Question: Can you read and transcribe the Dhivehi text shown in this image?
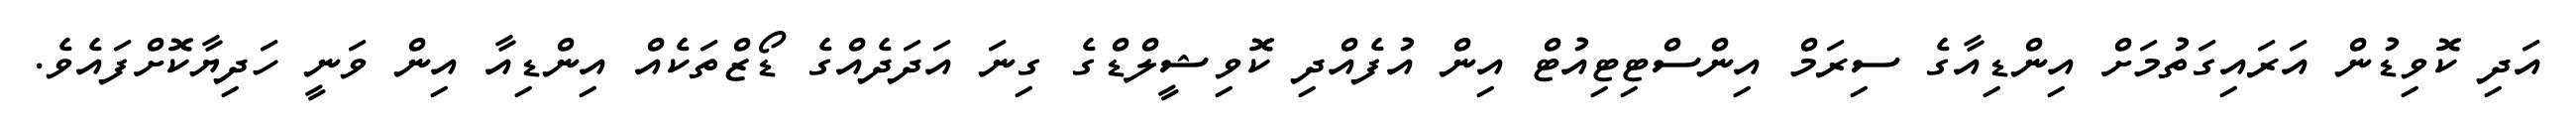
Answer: އަދި ކޮވިޑުން އަރައިގަތުމަށް އިންޑިއާގެ ސިރަމް އިންސްޓިޓިއުޓް އިން އުފެއްދި ކޮވިޝީލްޑްގެ ގިނަ އަދަދެއްގެ ޑޯޒްތަކެއް އިންޑިއާ އިން ވަނީ ހަދިޔާކޮށްފައެވެ.